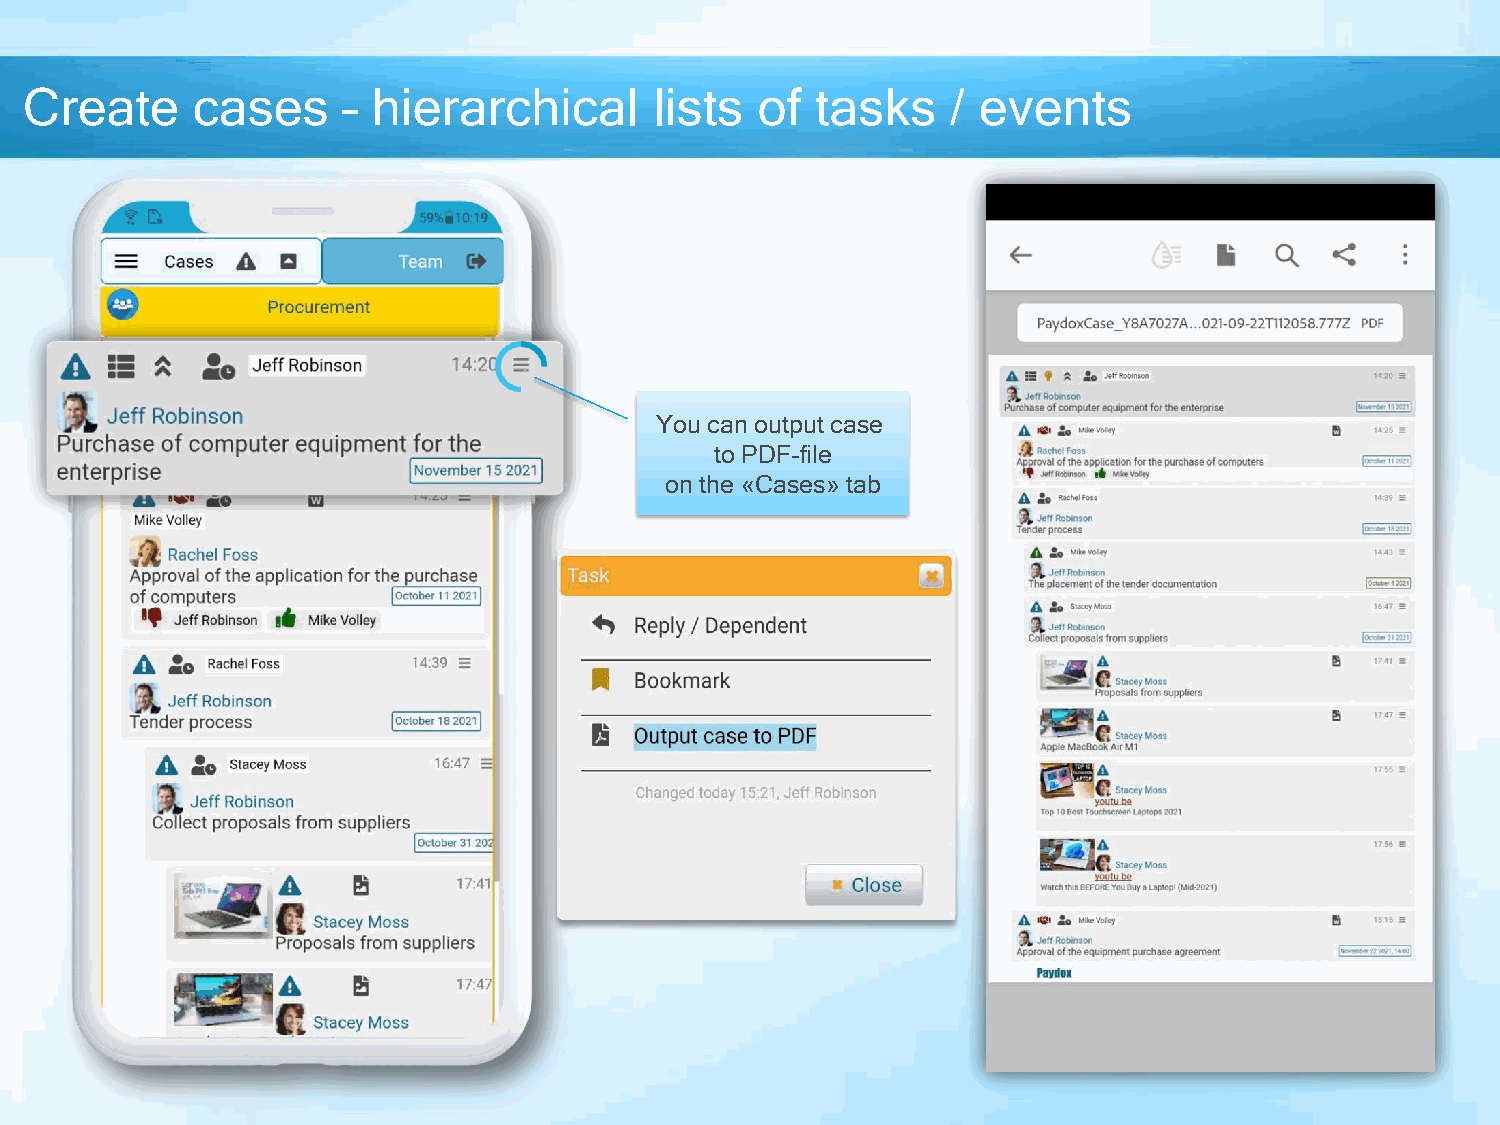
Create     cases     – hierarchical      lists  of  tasks    / events
 You can output case
 to PDF-file
 on the «Cases» tab